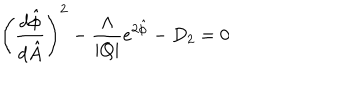
\left( \frac { d \hat { \phi } } { d \hat { A } } \right) ^ { 2 } - \frac { \Lambda } { | Q | } e ^ { 2 \hat { \phi } } - D _ { 2 } = 0